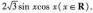
$$2\sqrt{3}\sin x \cos x(x \in R )$$。